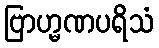
ဗြာဟ္မဏပရိသံ